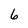
Character: 6